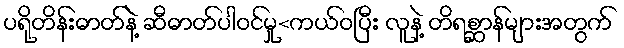
ပရိုတိန်းဓာတ်နဲ့ ဆီဓာတ်ပါဝင်မှု<ကယ်ဝပြီး လူနဲ့ တိရစ္ဆာန်များအတွက်